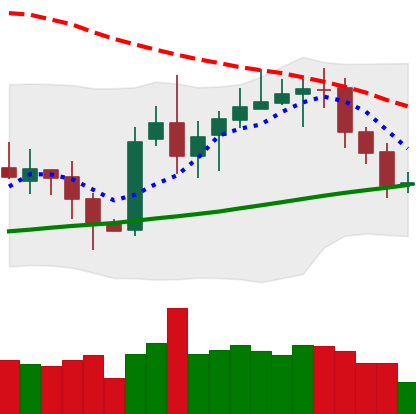
Ticker: XRP-USD
Chart end date: 2020-10-17
Forward return: 6.589%
Label: up_5_7